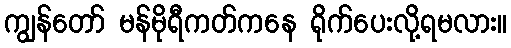
ကျွန်တော် မန်မိုရီကတ်ကနေ ရိုက်ပေးလို့ရမလား။